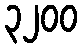
၃၂၀၀